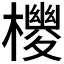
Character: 𪴉